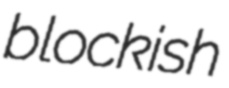
blockish